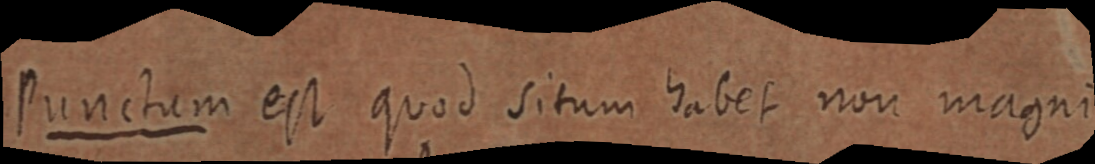
Punctum est quod situm habet non magni